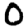
Digit: 0